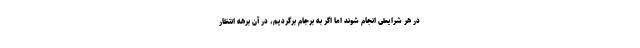
در هر شرایطی انجام شوند اما اگر به برجام برگردیم، در آن برهه انتظار